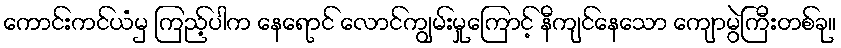
ကောင်းကင်ယံမှ ကြည့်ပါက နေရောင် လောင်ကျွမ်းမှုကြောင့် နီကျင်နေသော ကျောမွဲကြီးတစ်ခု။